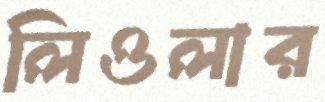
লিওলার